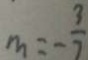
m = - \frac { 3 } { 7 }